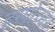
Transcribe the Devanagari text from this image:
दृग्गोच्चर